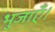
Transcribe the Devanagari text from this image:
भुजाएँ।